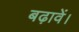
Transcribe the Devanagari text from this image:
बढ़ावें।